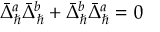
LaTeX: \bar { \Delta } _ { \hbar } ^ { a } \bar { \Delta } _ { \hbar } ^ { b } + \bar { \Delta } _ { \hbar } ^ { b } \bar { \Delta } _ { \hbar } ^ { a } = 0